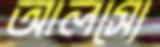
আলস্যে